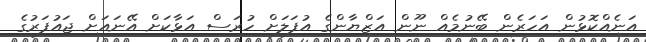
އަނެއްކޮޅުން އަހަރެން ބޭނުމެއް ނޫން އަޒްޔާންގެ އުފަލަށް ހުރަސް އަޅާކަށް އޭނައަށް ޖައުފަރުގެ